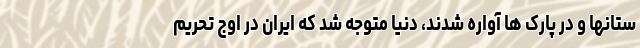
ستانها و در پارک ها آواره شدند، دنیا متوجه شد که ایران در اوج تحریم